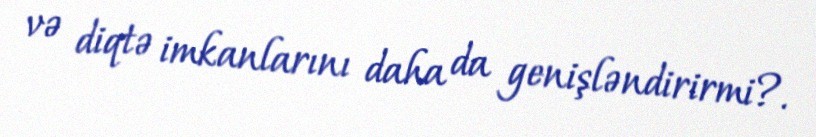
və diqtə imkanlarını daha da genişləndirirmi?.